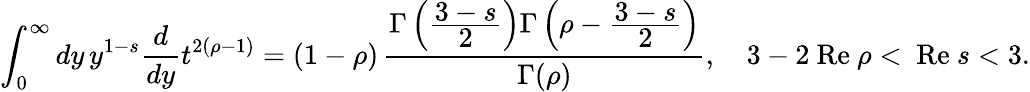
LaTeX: \int_{0}^{\infty}dy\, y^{1-s}\frac{d}{dy}t^{2(\rho-1)}=(1-\rho)\, \frac{\Gamma\left(\frac{\displaystyle 3-s}{\displaystyle 2}\right)\Gamma\left(\rho-\frac{\displaystyle 3-s}{\displaystyle 2}\right)}{\Gamma(\rho)},\quad 3-2\mathrm{~Re~}\rho<\mathrm{~Re~}s<3.